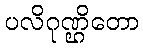
ပလိဂုဏ္ဌိတော